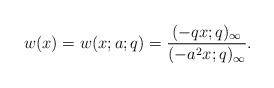
LaTeX: \begin{align*} w(x)= w(x;a;q)= \frac{ (-qx;q)_\infty}{(-a^2x;q)_\infty}.\end{align*}